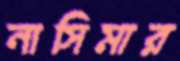
নাসিমার